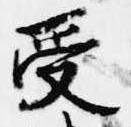
受